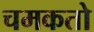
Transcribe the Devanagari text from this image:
चमकतो